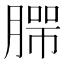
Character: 𰯄